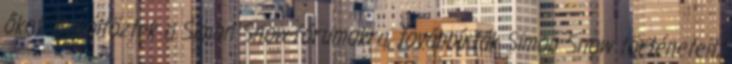
őket. Beköltöztek a Simon Snow-fórumokra, továbbírták Simon Snow történeteit,